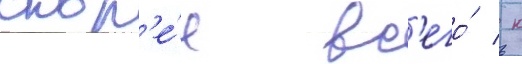
скор'е́е вс'его́ / к